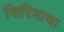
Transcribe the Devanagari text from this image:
सिरियाचा